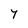
Character: 7